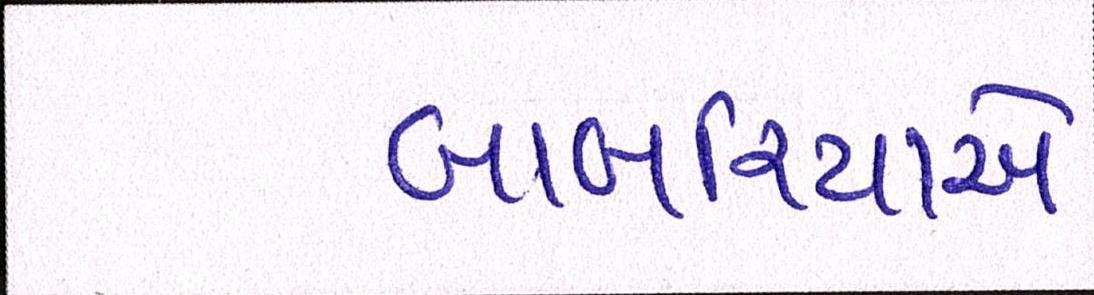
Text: બાબરિયાએ